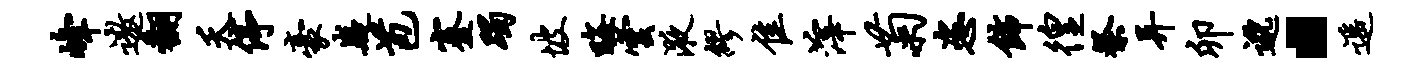
峰遨翻夭停豪嶷苞蹇躅坡晦云液缪隹滓菊恣饰徨祭异卯邈·遥